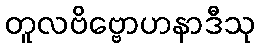
တူလဗိဗ္ဗောဟနာဒီသု